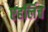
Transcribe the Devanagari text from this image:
एहर्लिच